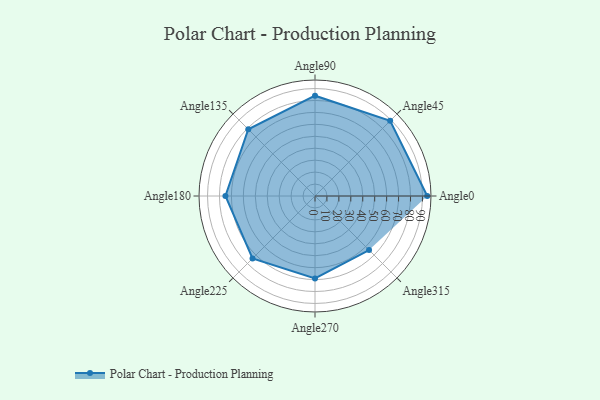
{"axis": {"x": "Angle", "y": "Radius"}, "legend": [""], "data": [{"x": "Angle0", "y": 94.0, "type": ""}, {"x": "Angle45", "y": 89.0, "type": ""}, {"x": "Angle90", "y": 84.0, "type": ""}, {"x": "Angle135", "y": 79.0, "type": ""}, {"x": "Angle180", "y": 75.0, "type": ""}, {"x": "Angle225", "y": 74.0, "type": ""}, {"x": "Angle270", "y": 69.0, "type": ""}, {"x": "Angle315", "y": 64.0, "type": ""}]}